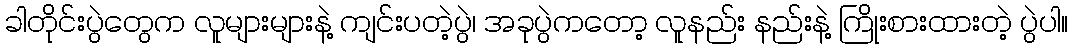
ခါတိုင်းပွဲတွေက လူများများနဲ့ ကျင်းပတဲ့ပွဲ၊ အခုပွဲကတော့ လူနည်း နည်းနဲ့ ကြိုးစားထားတဲ့ ပွဲပါ။